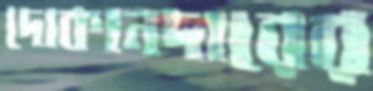
দোকানদারের